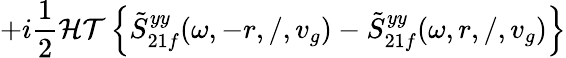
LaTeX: +i\frac{1}{2}\mathcal{HT}\left\{ \tilde{S}_{21f}^{yy}(\omega,-r,/,v_{g})-\tilde{S}_{21f}^{yy}(\omega,r,/,v_{g})\right\}